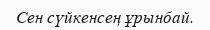
Сен сүйкенсең ұрынбай.